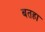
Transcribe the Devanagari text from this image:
बतहा